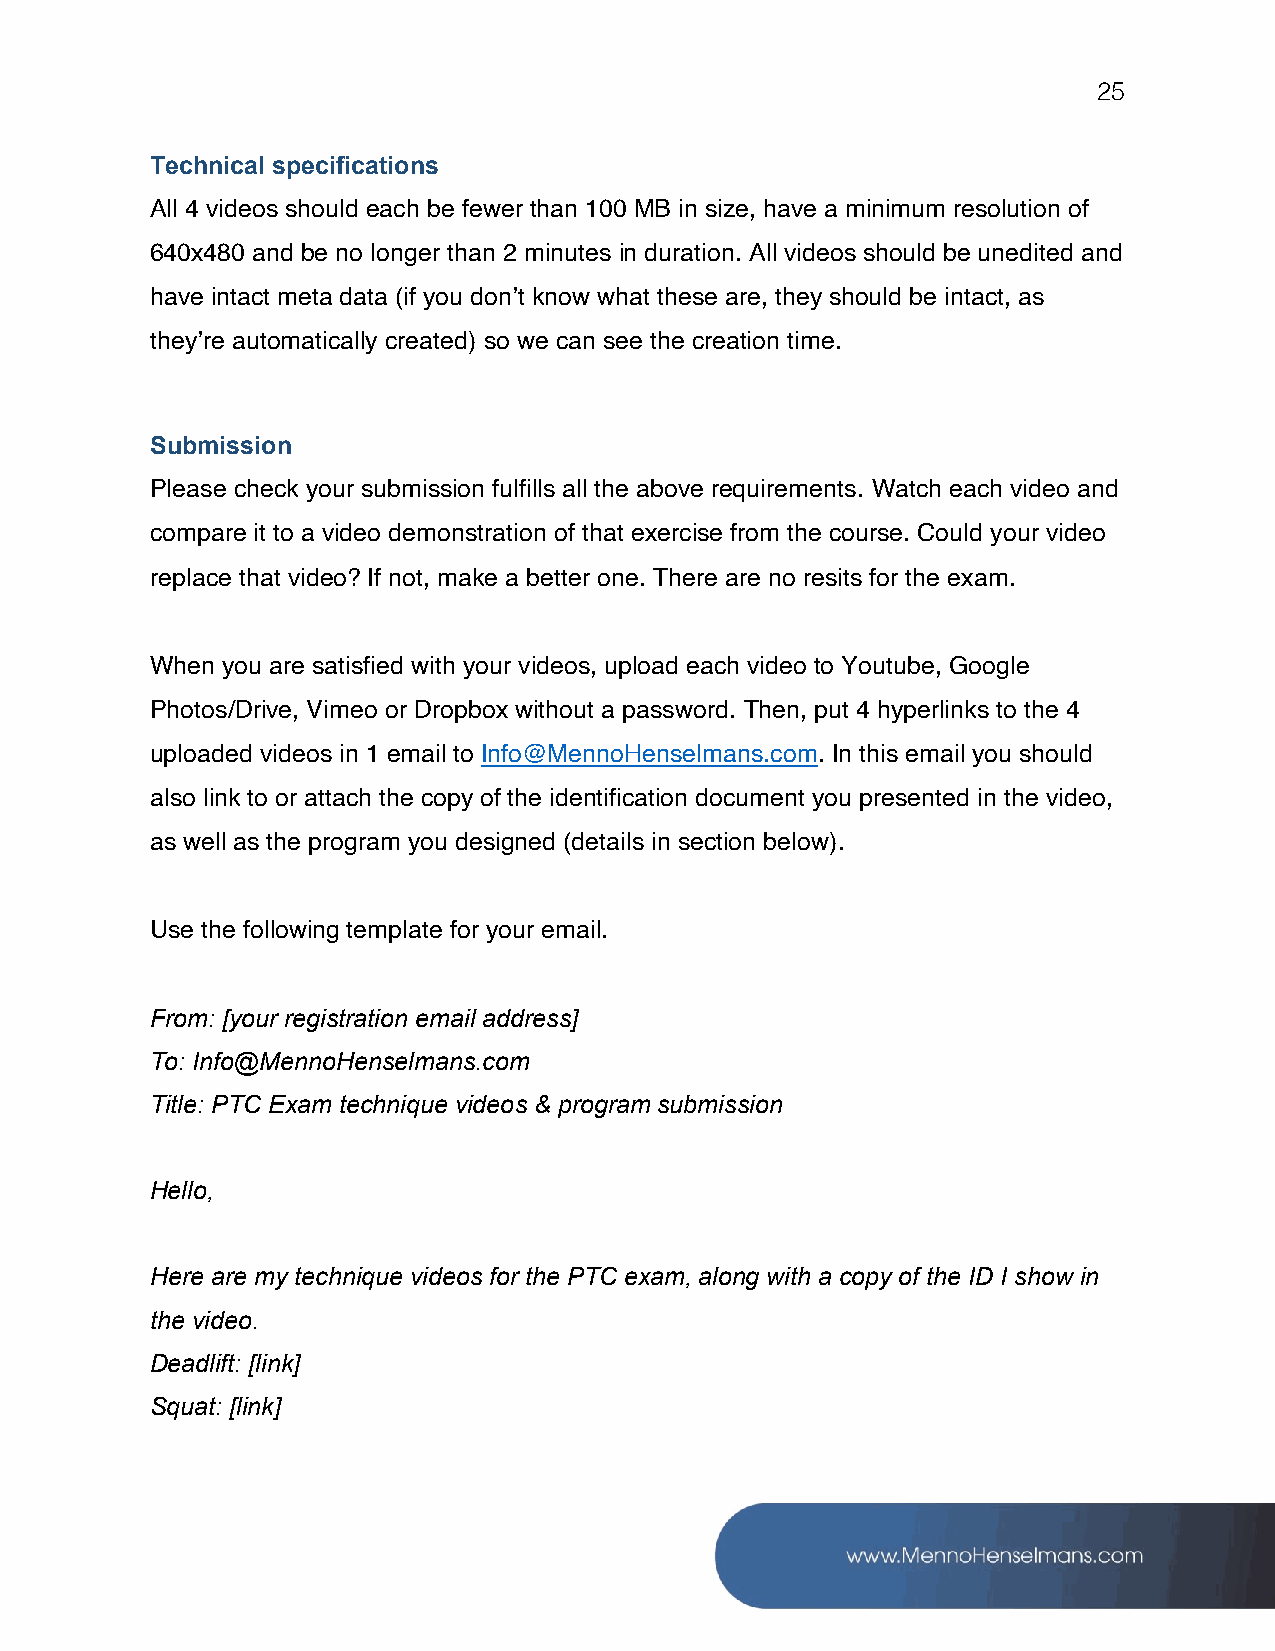
25
 Technical specifications
 All 4 videos should each be fewer than 100 MB in size, have a minimum resolution of
 640x480 and be no longer than 2 minutes in duration. All videos should be unedited and
 have intact meta data (if you don’t know what these are, they should be intact, as
 they’re automatically created) so we can see the creation time.
 Submission
 Please check your submission fulfills all the above requirements. Watch each video and
 compare it to a video demonstration of that exercise from the course. Could your video
 replace that video? If not, make a better one. There are no resits for the exam.
 When you are satisfied with your videos, upload each video to Youtube, Google
 Photos/Drive, Vimeo or Dropbox without a password. Then, put 4 hyperlinks to the 4
 uploaded videos in 1 email to Info@MennoHenselmans.com. In this email you should
 also link to or attach the copy of the identification document you presented in the video,
 as well as the program you designed (details in section below).
 Use the following template for your email.
 From: [your registration email address]
 To: Info@MennoHenselmans.com
 Title: PTC Exam technique videos & program submission
 Hello,
 Here are my technique videos for the PTC exam, along with a copy of the ID I show in
 the video.
 Deadlift: [link]
 Squat: [link]